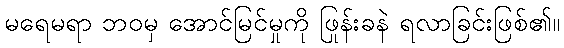
မရေမရာ ဘဝမှ အောင်မြင်မှုကို ဖြုန်းခနဲ ရလာခြင်းဖြစ်၏။